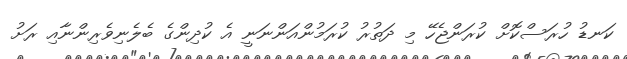
ކަނޑު ހުރަސްކޮށް ކުރަންޖެހޭ މި ދަތުރު ކުރަމުންއަންނަނީ އެ ކުދިންގެ ބެލެނިވެރިންނާއި ރަށު